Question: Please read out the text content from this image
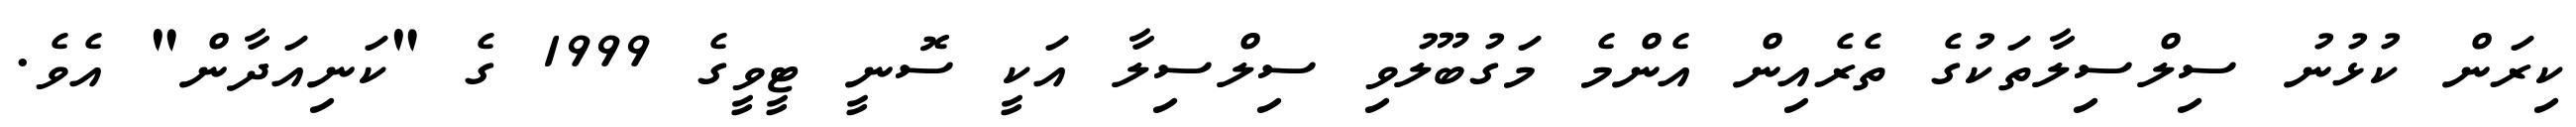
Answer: ކިރަން ކުޅުނު ސިލްސިލާތަކުގެ ތެރެއިން އެންމެ މަގުބޫލުވި ސިލްސިލާ އަކީ ސޮނީ ޓީވީގެ 1999 ގެ "ކަނިއަދާން" އެވެ.